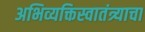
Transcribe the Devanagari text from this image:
अभिव्यक्तिस्वातंत्र्याचा